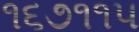
૧૬૭૧૧૫